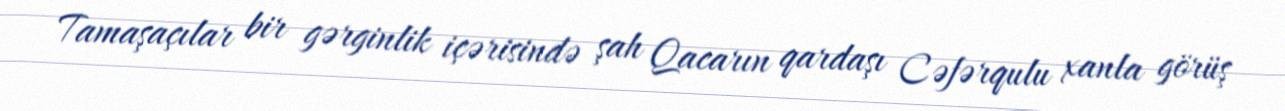
Tamaşaçılar bir gərginlik içərisində şah Qacarın qardaşı Cəfərqulu xanla görüş